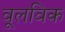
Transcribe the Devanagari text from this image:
वूलविक